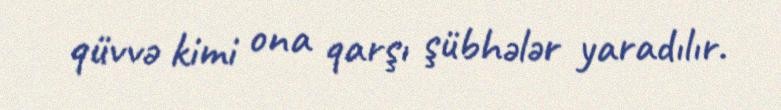
qüvvə kimi ona qarşı şübhələr yaradılır.